画像に写った文字を読んでください
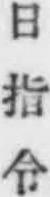
「日指令」と書いてあります